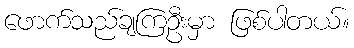
ဖောက်သည်ချကြဦးမှာ ဖြစ်ပါတယ်။